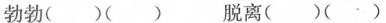
勃勃( )( ) 脱离( )( )